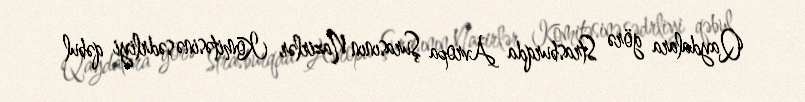
Qaydalara görə Strasburqda Avropa Şurasının Nazirlər Komitəsinə sədrliyi qəbul